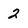
Character: 2